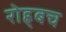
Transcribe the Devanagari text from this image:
रोह्र्बच